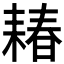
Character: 𫅽